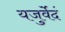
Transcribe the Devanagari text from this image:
यजुर्वेदं